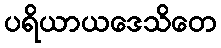
ပရိယာယဒေသိတေ